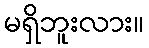
မရှိဘူးလား။